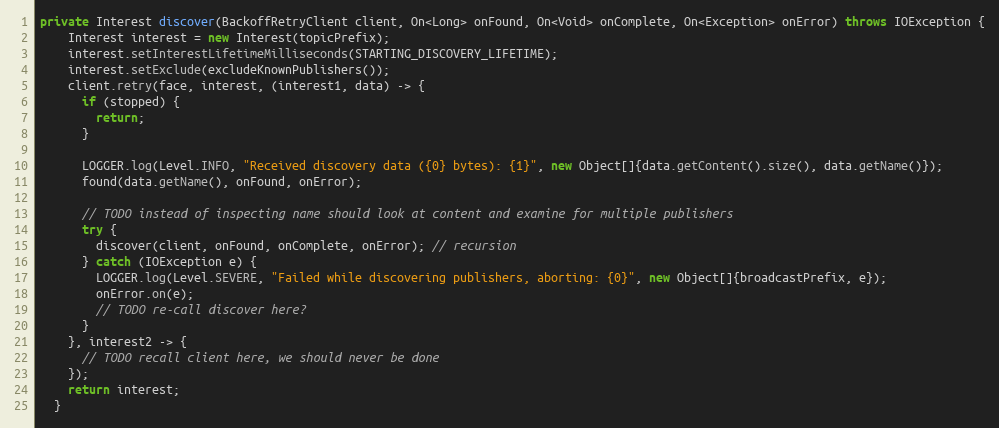
Language: Java
private Interest discover(BackoffRetryClient client, On<Long> onFound, On<Void> onComplete, On<Exception> onError) throws IOException {
    Interest interest = new Interest(topicPrefix);
    interest.setInterestLifetimeMilliseconds(STARTING_DISCOVERY_LIFETIME);
    interest.setExclude(excludeKnownPublishers());
    client.retry(face, interest, (interest1, data) -> {
      if (stopped) {
        return;
      }

      LOGGER.log(Level.INFO, "Received discovery data ({0} bytes): {1}", new Object[]{data.getContent().size(), data.getName()});
      found(data.getName(), onFound, onError);

      // TODO instead of inspecting name should look at content and examine for multiple publishers
      try {
        discover(client, onFound, onComplete, onError); // recursion
      } catch (IOException e) {
        LOGGER.log(Level.SEVERE, "Failed while discovering publishers, aborting: {0}", new Object[]{broadcastPrefix, e});
        onError.on(e);
        // TODO re-call discover here?
      }
    }, interest2 -> {
      // TODO recall client here, we should never be done
    });
    return interest;
  }